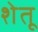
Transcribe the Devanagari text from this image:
शेतू